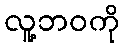
လူ့ဘဝကို